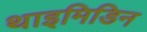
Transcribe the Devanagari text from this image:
थाइमिडिन